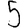
Digit: 5